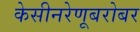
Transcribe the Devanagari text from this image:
केसीनरेणूबरोबर